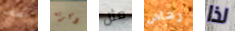
بصحه ذكرته مثل رشاش لذا